65_HS1-101634279_100-DE-26505
Agency: FBI
Incident date: 11/7/57
Incident location: Germany
Page 4
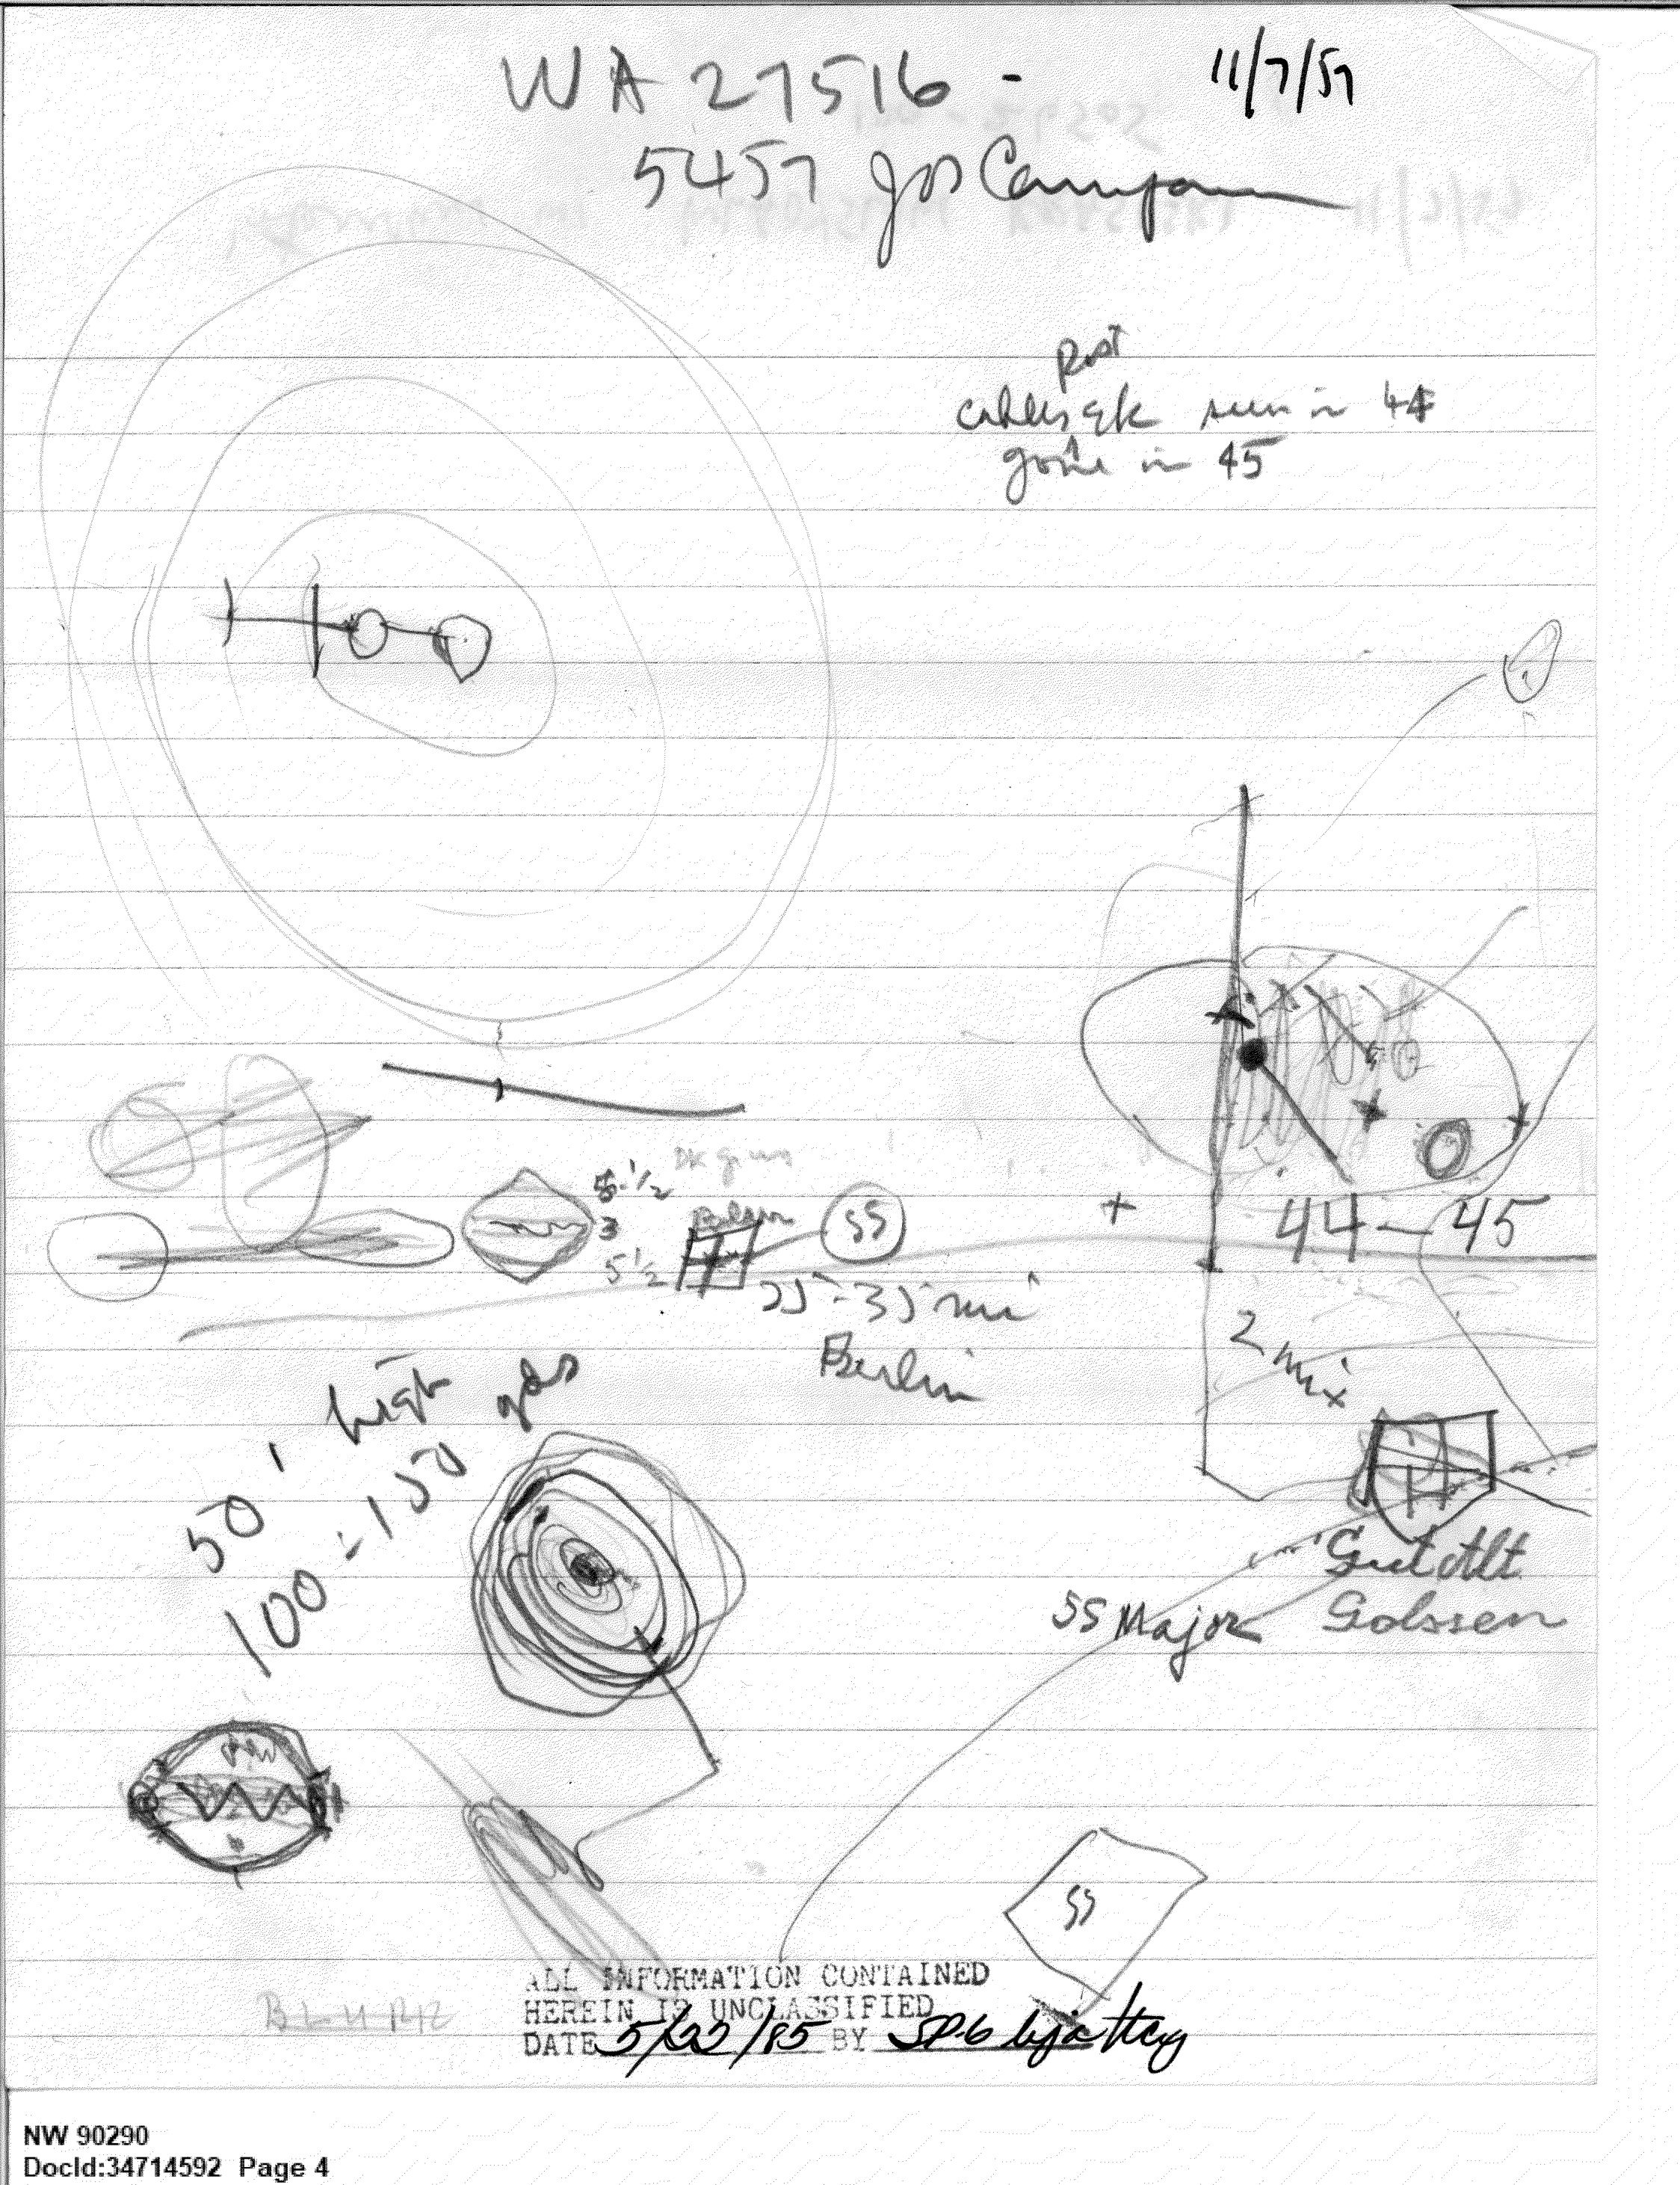